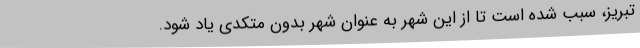
تبریز، سبب شده است تا از این شهر به عنوان شهر بدون متکدی یاد شود.